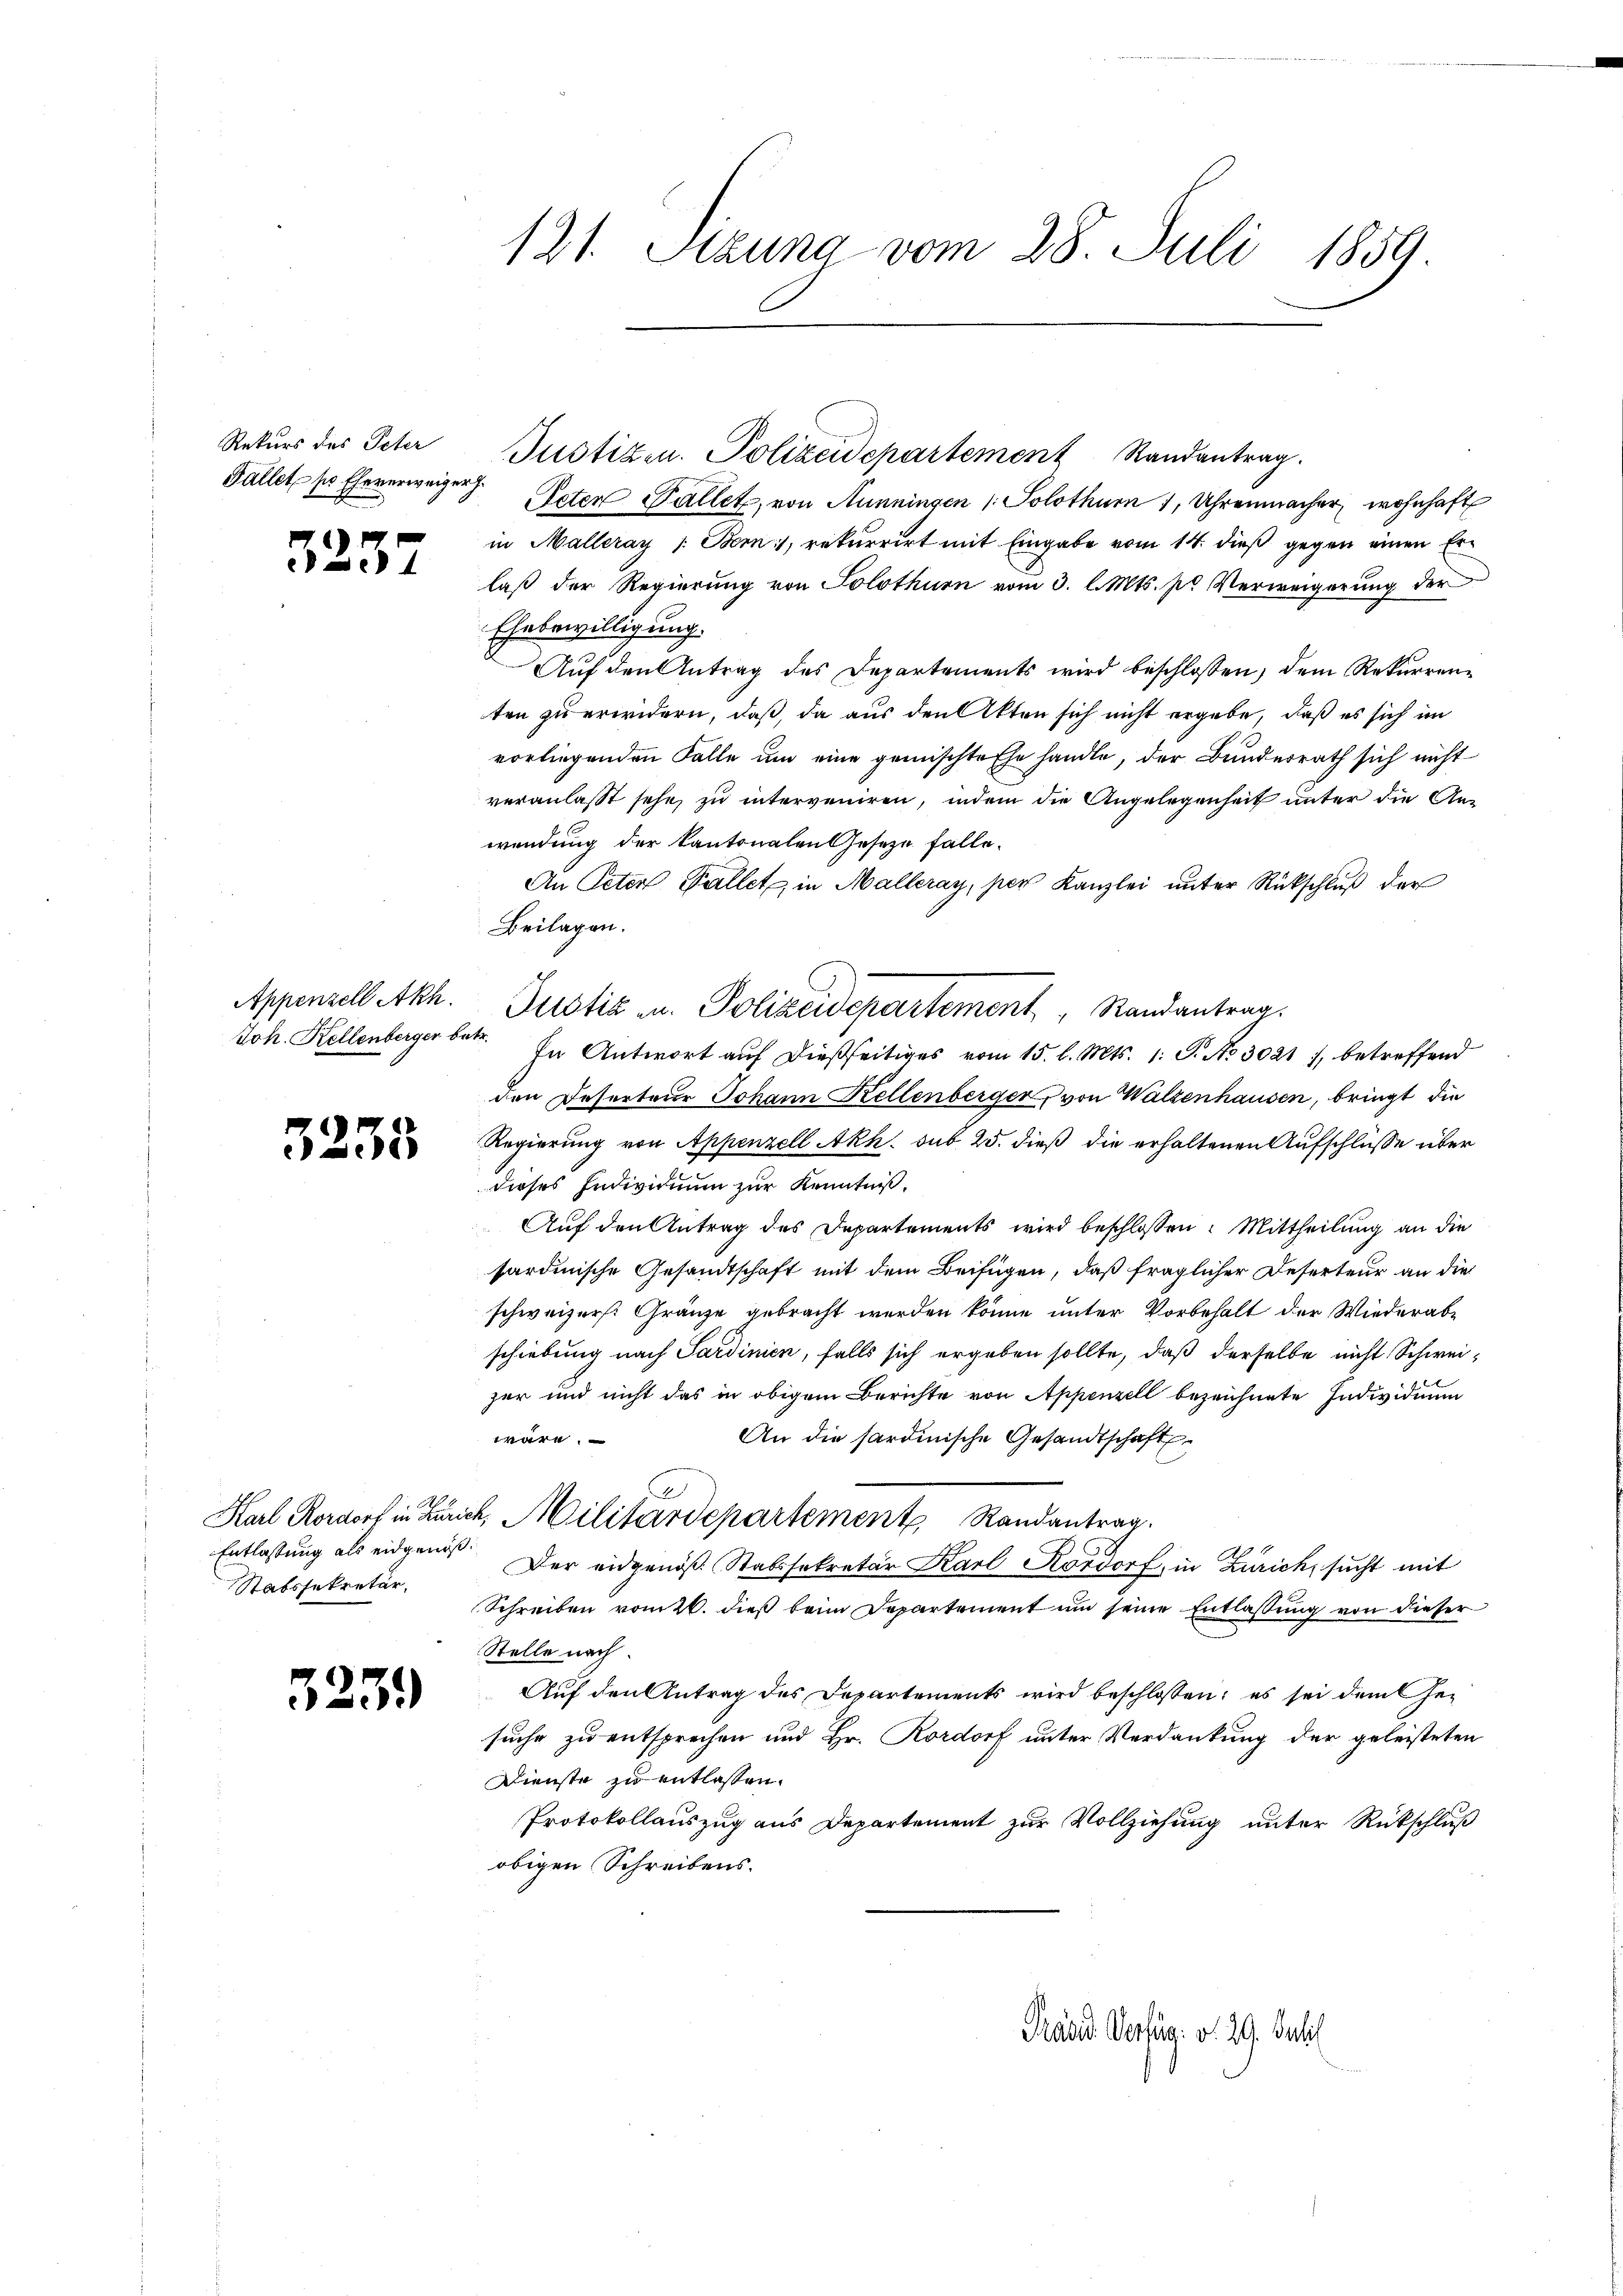
Rekurs des Peter

e

3235

Entlassung als eidgenöß¬
Statssekretär,

5

59

121. Stzung vom 28. Juli 1859.

Justizen. Polizeidepartement Randantrag.
Fallet, so Eheverweigen Acten Fallet, von Aunningen /: Solothur 1 Uhrenmacher, wohnhaft
in Malleray 1: Bern, rekurrirt mit Eingabe vom 14. dieß gegen einen Erlaß der Regierung von Solothurn vom 3. l. Mts. pr Verweigerung der
Ehebewilligung.
Aŭf den Antrag des Departements wird beschlossen, dem Rekurrenten zu erwidern, daß, da aus den Akten sich nicht ergebe, daß es sich im
vorliegenden Falle um eine gemischte Ehe handle, der Bundesrath sich nicht
veranlasst sehe, zu interveniren, indem die Angelegenheit unter die Anwendung der kantonalen Geseze falle.
An Peter Fallet, in Malleray, per Kanzlei unter Rückschluß der
Beilagen.
Appenzell Akh. Justiz u. Polizeidepartement Randantrag
Joh. Kellenberger betr. In Antwort auf dießseitiges vom 15. l. Mts. 1. S. No 3021), betreffend
den Deserteur Johann Kellenberger, von Walzenhausen, bringt die
Regierung von Appenzell Akh. sub 25. dieß die erhaltenen Aufschlusse über
dieses Individuum zur Kenntniß,
Auf den Antrag des Departements wird beschlossen: Mittheilung an die
sardinische Gesandtschaft mit dem Beifügen, daß fraglicher Deserteur an die
schweizer. Gränze gebracht werden könne unter Vorbehalt der Wiederabschiebung nach Sardinien, falls sich ergeben sollte, daß derselbe nicht Schweizer und nicht das in obigem Berichte von Appenzell bezeichnete Individium
An die sardinische Gesandtschaft
wäre.
Karl Rordorf in Zürich, Militärdepartement Randantrag.
Der eidgenöß Stabssekretär Karl Kordorf, in Zürich, sucht mit
Schreiben vom 26. dieß beim Departement um seine Entlassung von dieser
Stelle nach.
Auf den Antrag des Departements wird beschlossen: es sei dem Gesuche zu entsprechen und Hr. Rordorf unter Verdankung der geleisteten
Dienste zu entlassen.
Protokollauszug aus Departement zur Vollziehung unter Rückschluß
obigen Schreibens.

Präses Verfür: v. 29. Juli